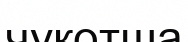
чукотша